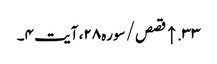
۳۳. ↑ قصص/سوره۲۸، آیت ۴۔